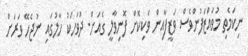
ނިކަމެތި މުވައްޒަފުންވެސް ވަޒީފާއިން ވަކިކޮށް ފޮނިވާލީ ގެއަށް. ދުވަހަކު ހާލުގައި ނުޖެހޭ ވަރަށް